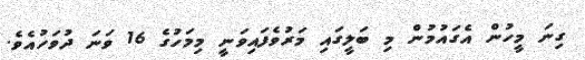
ގިނަ މީހުން އެގައުމުން މި ބަލީގައި މަރުވެފައިވަނީ މިމަހުގެ 16 ވަނަ ދުވަހުއެވެ.